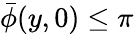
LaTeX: \bar{\phi}(y,0)\le\pi